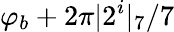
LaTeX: \varphi_{b}+2\pi|2^{i}|_{7}/7